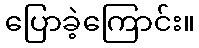
ပြောခဲ့ကြောင်း။